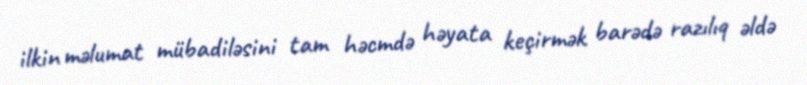
ilkin məlumat mübadiləsini tam həcmdə həyata keçirmək barədə razılıq əldə